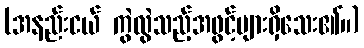
(အနည်းငယ် ကွဲလွဲသည့်အဖွင့်များရှိသေး၏။)